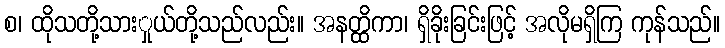
စ၊ ထိုသတို့သားှုယ်တို့သည်လည်း။ အနတ္ထိကာ၊ ရှိခိုးခြင်းဖြင့် အလိုမရှိကြ ကုန်သည်။